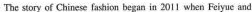
The story of Chinese fashion began in 2011 when Feiyue and